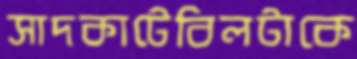
সাদকাটেবিলটাকে